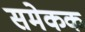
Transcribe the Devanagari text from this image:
समेकक